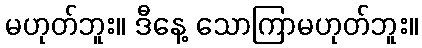
မဟုတ်ဘူး။ ဒီနေ့ သောကြာမဟုတ်ဘူး။